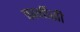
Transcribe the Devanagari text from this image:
फार्नीसी